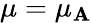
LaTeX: \mu=\mu_{\mathbf{A}}